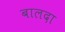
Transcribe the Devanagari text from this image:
बालदा